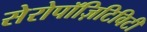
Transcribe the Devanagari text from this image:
सेरोपॉज़िटिविटी